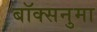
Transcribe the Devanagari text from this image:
बॉक्सनुमा